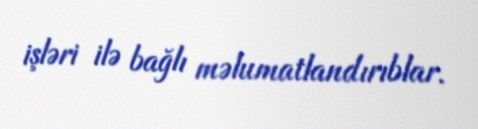
işləri ilə bağlı məlumatlandırıblar.